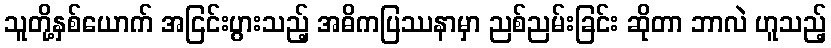
သူတို့နှစ်ယောက် အငြင်းပွားသည့် အဓိကပြဿနာမှာ ညစ်ညမ်းခြင်း ဆိုတာ ဘာလဲ ဟူသည့်